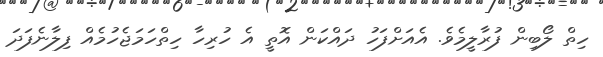
ހިތް ލޯބިން ފުރާލީމެވެ. އެއަށްފަހު ދައްކަން އޮތީ އެ ހުރިހާ ހިތްހަމަޖެހުމެއް ފިލާނެފަދަ